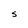
Character: 5